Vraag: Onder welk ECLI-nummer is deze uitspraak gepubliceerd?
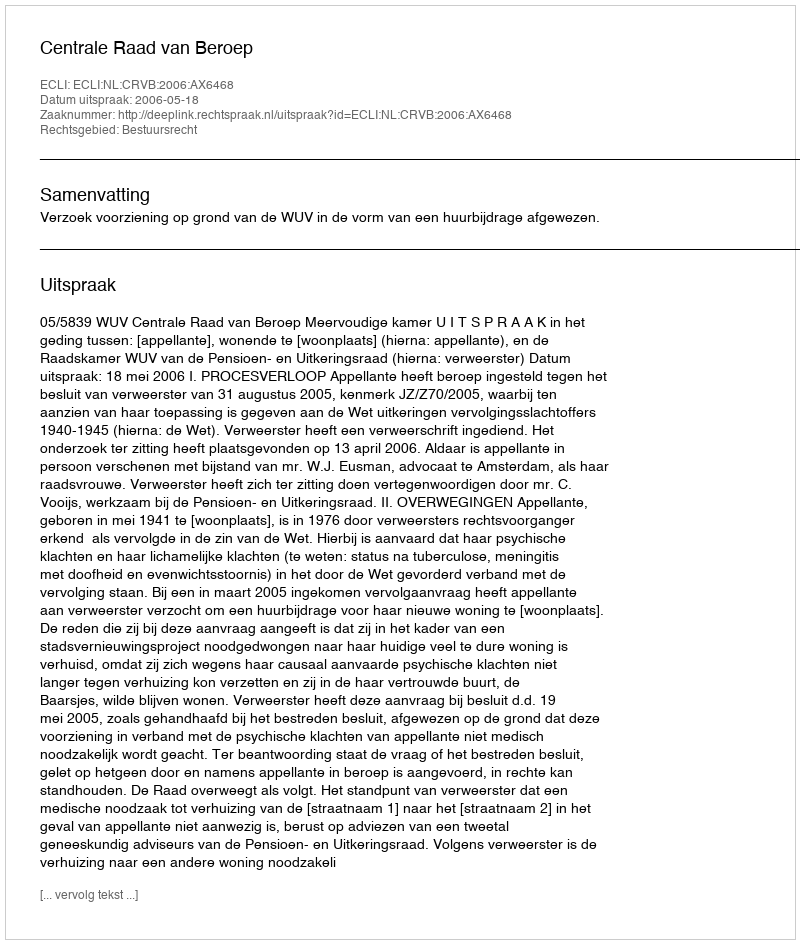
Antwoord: ECLI:NL:CRVB:2006:AX6468